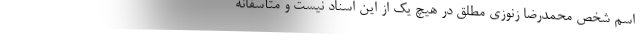
اسم شخص محمدرضا زنوزی مطلق در هیچ یک از این اسناد نیست و متأسفانه